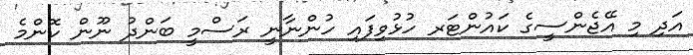
އަދި މި އޭޖެންސީގެ ކައުންޓަރ ހުޅުވިފައި ހުންނާނީ ރަސްމީ ބަންދު ނޫން ކޮންމެ